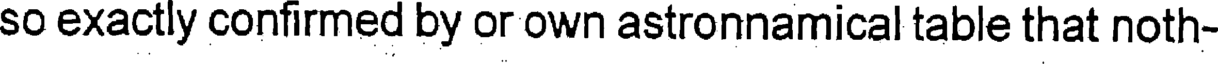
so exactly confirmed by or own astronnamical table that noth-